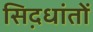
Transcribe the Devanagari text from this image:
सिद़धांतों